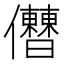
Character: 𠑤